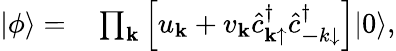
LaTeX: \begin{array}{rl}{|\phi\rangle=}&{{}\prod_{{\mathbf k}}\left[u_{{\mathbf k}}+v_{{\mathbf k}}\hat{c}_{{\mathbf k}\mathrm{\uparrow}}^{\dagger}\hat{c}_{{\mathbf-k}\mathrm{\downarrow}}^{\dagger}\right]|0\rangle,}\end{array}